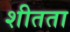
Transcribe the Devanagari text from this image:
शीतता